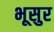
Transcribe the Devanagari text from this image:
भूसुर